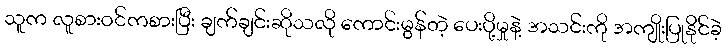
သူက လူစားဝင်ကစားပြီး ချက်ချင်းဆိုသလို ကောင်းမွန်တဲ့ ပေးပို့မှုနဲ့ အသင်းကို အကျိုးပြုနိုင်ခဲ့